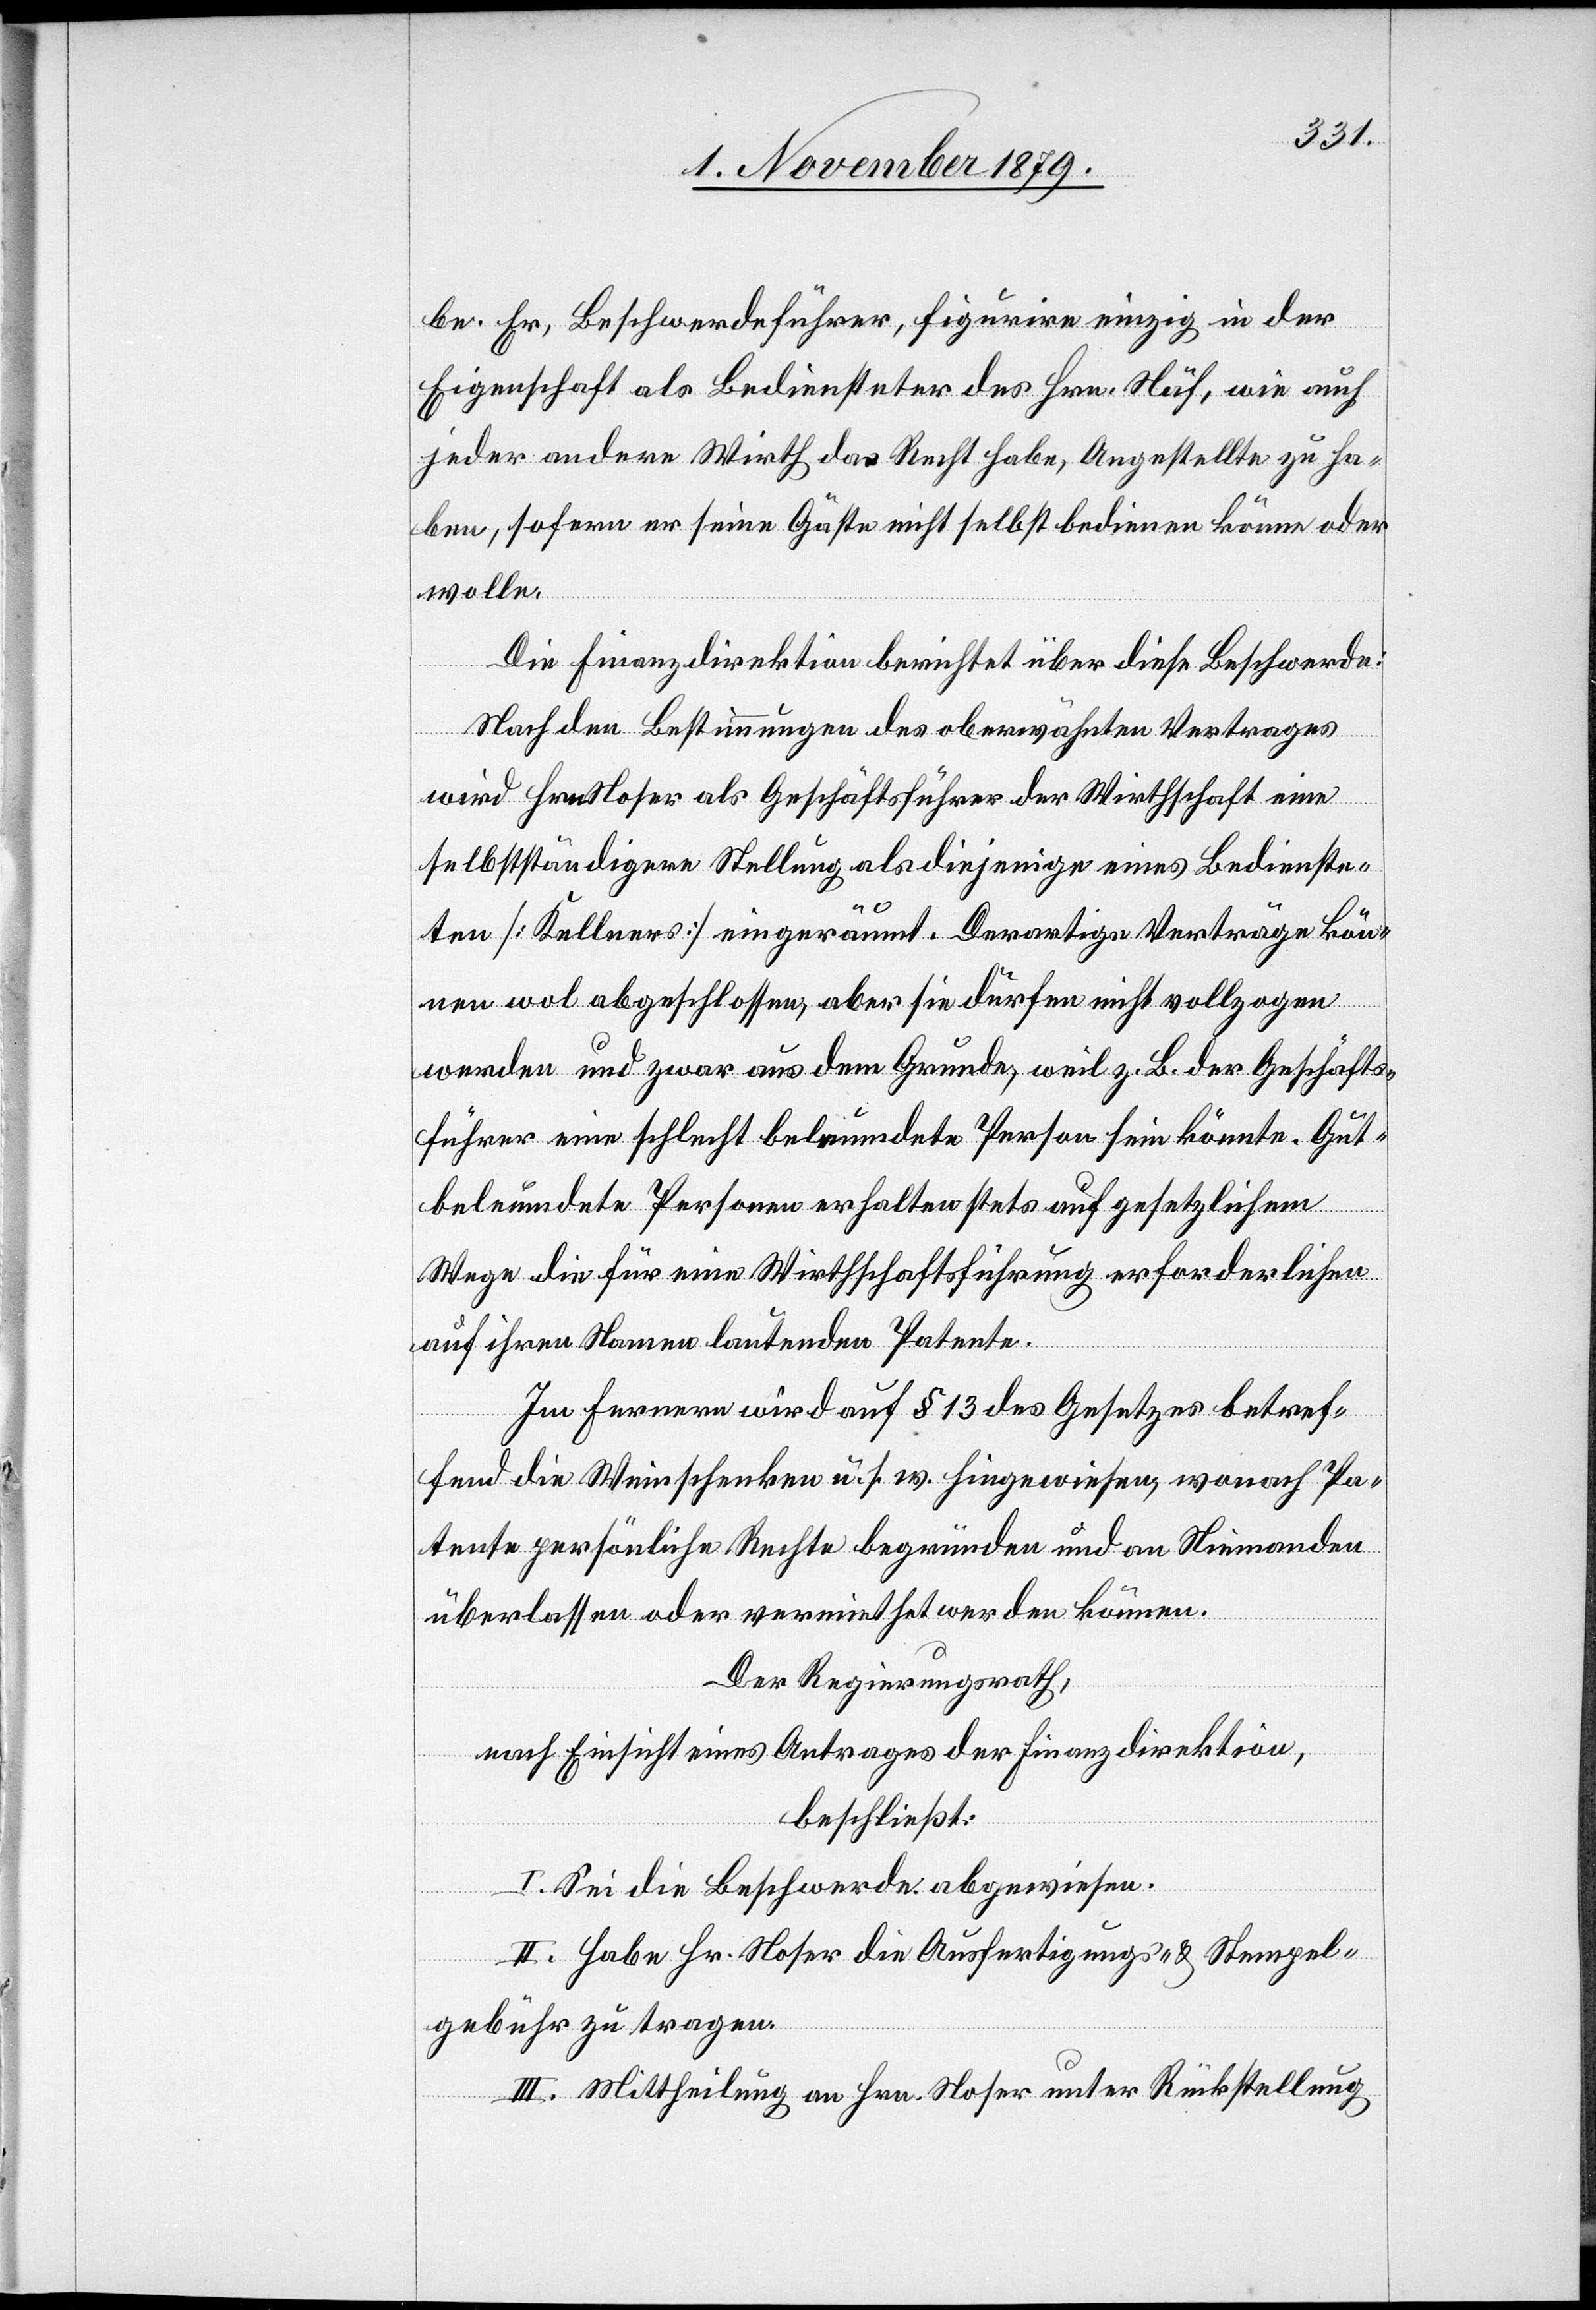
be. Er, Beschwerdeführer, figurire einzig in der
Eigenschaft als Bediensteter des Hrn. Näf, wie auch
jeder andere Wirth das Recht habe, Angestellte zu ha¬
ben, sofern er seine Gäste nicht selbst bedienen könne oder
wolle.
Die Finanzdirektion berichtet über diese Beschwerde:
Nach den Bestimmungen des oberwähnten Vertrages
wird Hrn. Hofer als Geschäftsführer der Wirthschaft eine
selbstständigere Stellung als diejenige eines Bedienste¬
ten [Kellners] eingeräumt. Derartige Verträge kön¬
nen wol abgeschlossen, aber sie dürfen nicht vollzogen
werden und zwar aus dem Grunde weil z. B der Geschäfts¬
führer eine schlecht beleumdete Person sein könnte. Gut
beleumdete Personen erhalten stets auf gesetzlichem
Wege die für eine Wirthschaftsführung erforderlichen
auf ihren Namen lautenden Patente.
Im Fernern wird auf § 13 des Gesetzes betref¬
fend die Weinschenken u. f. m. hingewiesen, wonach Pa¬
tente persönliche Rechte begründen und an Niemanden
überlassen oder vermiethet werden können.
Der Regierungsrath,
nach Einsicht eines Antrages der Finanzdirektion,
beschließt:
I. Sei die Beschwerde abgewiesen.
II. Habe Hr. Hofer die Ausfertigungs- & Stempel¬
gebühr zu tragen.
III. Mittheilung an Hrn. Hofer unter Rückstellung